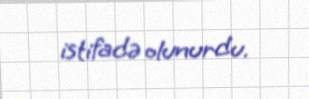
istifadə olunurdu.